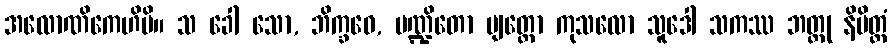
အလောဏိကေဟိပိ။ သ ခေါ သော, ဘိက္ခဝေ, ပဏ္ဍိတော ဗျတ္တော ကုသလော သူဒေါ သကဿ ဘတ္တု နိမိတ္တံ